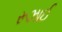
રૂઝાઈ